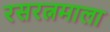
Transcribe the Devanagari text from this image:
रसरत्नमाला